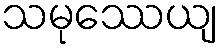
သမုဿေယျ